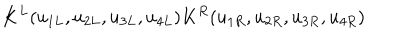
K ^ { L } ( u _ { 1 L } , u _ { 2 L } , u _ { 3 L } , u _ { 4 L } ) K ^ { R } ( u _ { 1 R } , u _ { 2 R } , u _ { 3 R } , u _ { 4 R } )